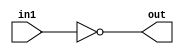
/*
    CS/ECE 552 Spring '22
    Homework #1, Problem 1

    1 input NOT
*/
module not1 (out, in1);
    output out;
    input in1;
    assign out = ~in1;
endmodule